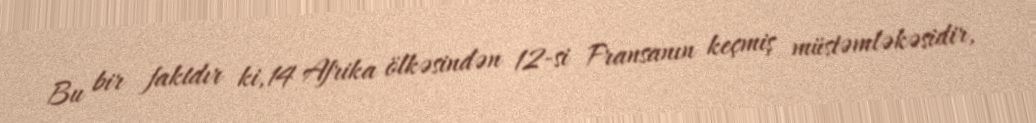
Bu bir faktdır ki, 14 Afrika ölkəsindən 12-si Fransanın keçmiş müstəmləkəsidir,